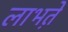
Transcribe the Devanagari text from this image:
लाभते़